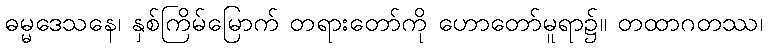
ဓမ္မဒေသနေ၊ နှစ်ကြိမ်မြောက် တရားတော်ကို ဟောတော်မူရာ၌။ တထာဂတဿ၊